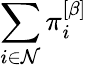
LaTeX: \sum_{i\in\mathcal{N}}\pi_{i}^{\left[\beta\right]}